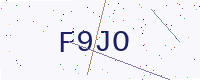
Text: F9JO